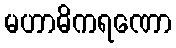
မဟာဓိကရဏော